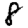
Digit: 8